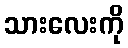
သားလေးကို